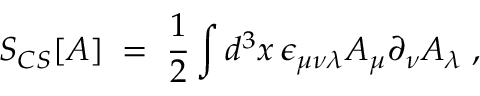
S _ { C S } [ A ] \; = \; \frac { 1 } { 2 } \int d ^ { 3 } x \, \epsilon _ { \mu \nu \lambda } A _ { \mu } \partial _ { \nu } A _ { \lambda } \; ,